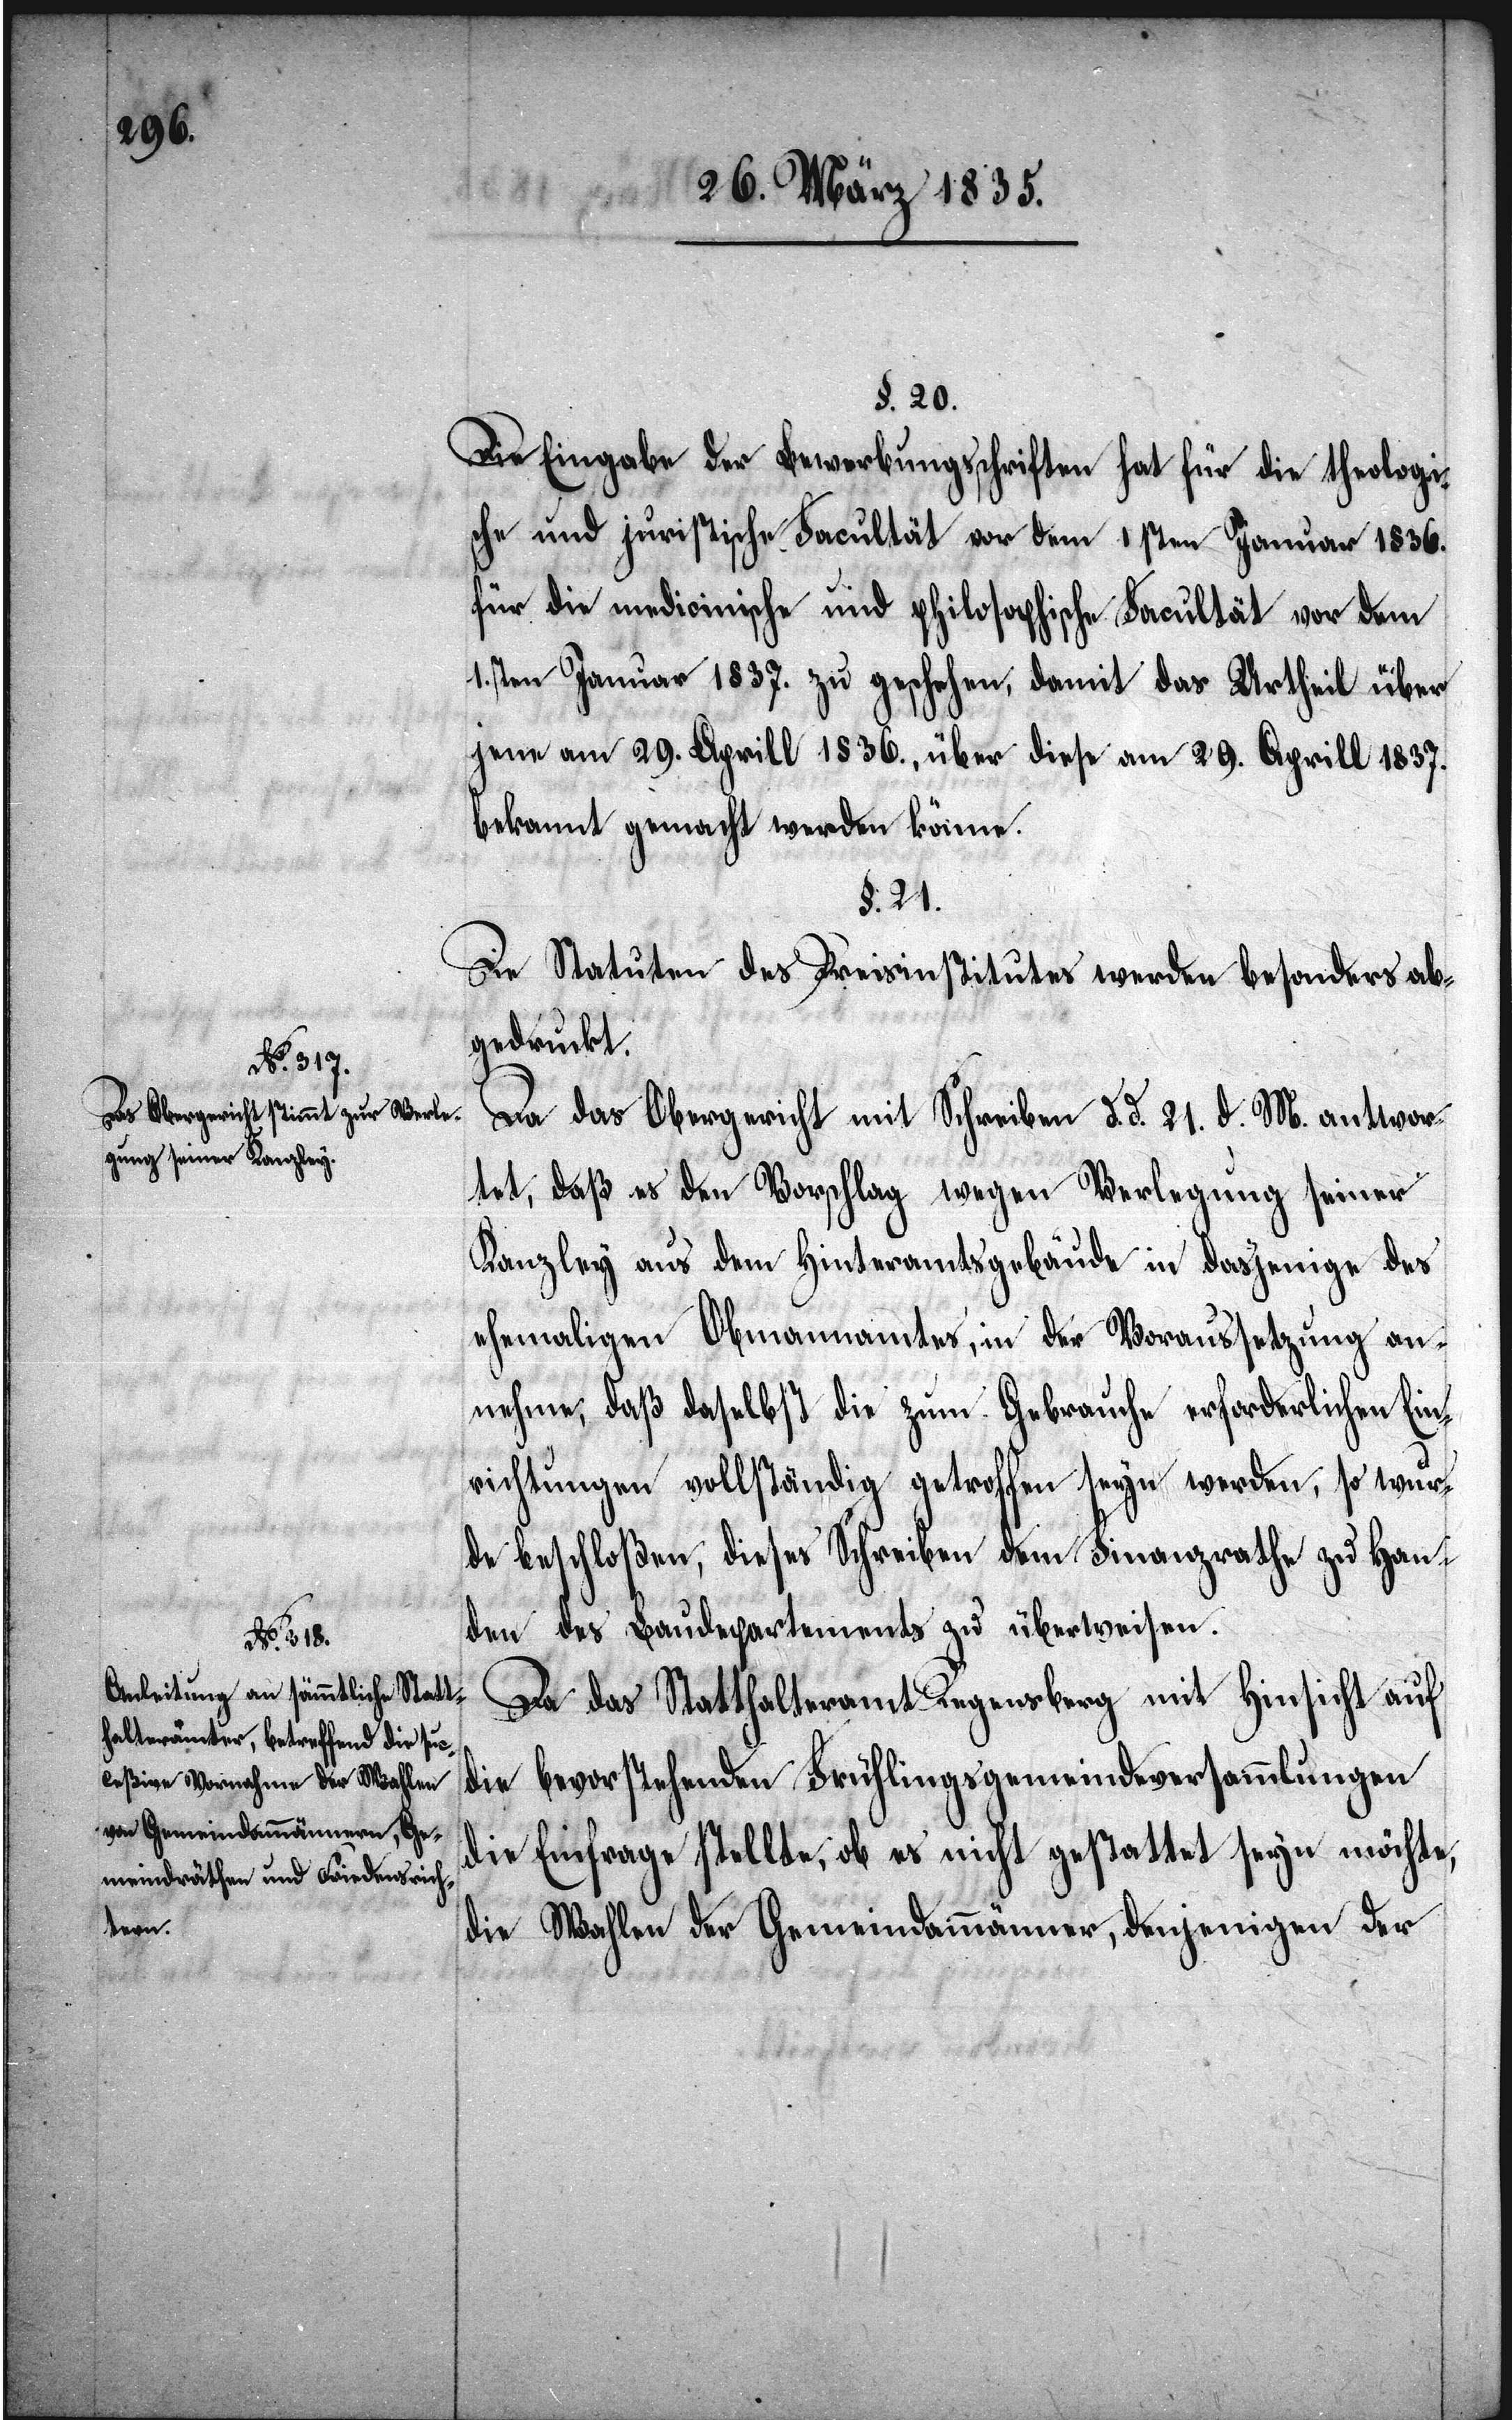
§ 20.
Die Eingabe der Bewerbungsschriften hat für die theologis¬
che und juristische Facultät vor dem 1sten Januar 1836.
für die medicinische und philosophische Facultät vor dem
1sten Januar 1837. zu geschehen, damit das Urtheil über
jene am 29. Aprill 1836, über diese am 29. Aprill 1837.
bekannt gemacht werden könne.
§. 21.
Die Statuten des Preisinstitutes werden besonders ab¬
gedruckt.
Da das Obergericht mit Schreiben d. d. 21. d. M. antwor¬
tet, daß es den Vorschlag wegen Verlegung seiner
Kanzley aus dem Hinteramtsgebäude in dasjenige des
ehemaligen Obmannamtes, in der Voraussetzung an¬
nehme, daß daselbst die zum Gebrauche erforderlichen Ein¬
richtungen vollständig getroffen seyn werden, so wur¬
de beschloßen, dieses Schreiben dem Finanzrathe zu Han¬
den des Baudepartementes zu überweisen.
Da das Statthalteramt Regensberg mit Hinsicht auf
die bevorstehenden Frühlingsgemeindeversammlungen
die Einfrage stellte, ob es nicht gestattet seyn möchte,
die Wahlen der Gemeindammänner, denjenigen der